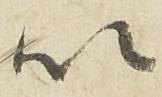
以